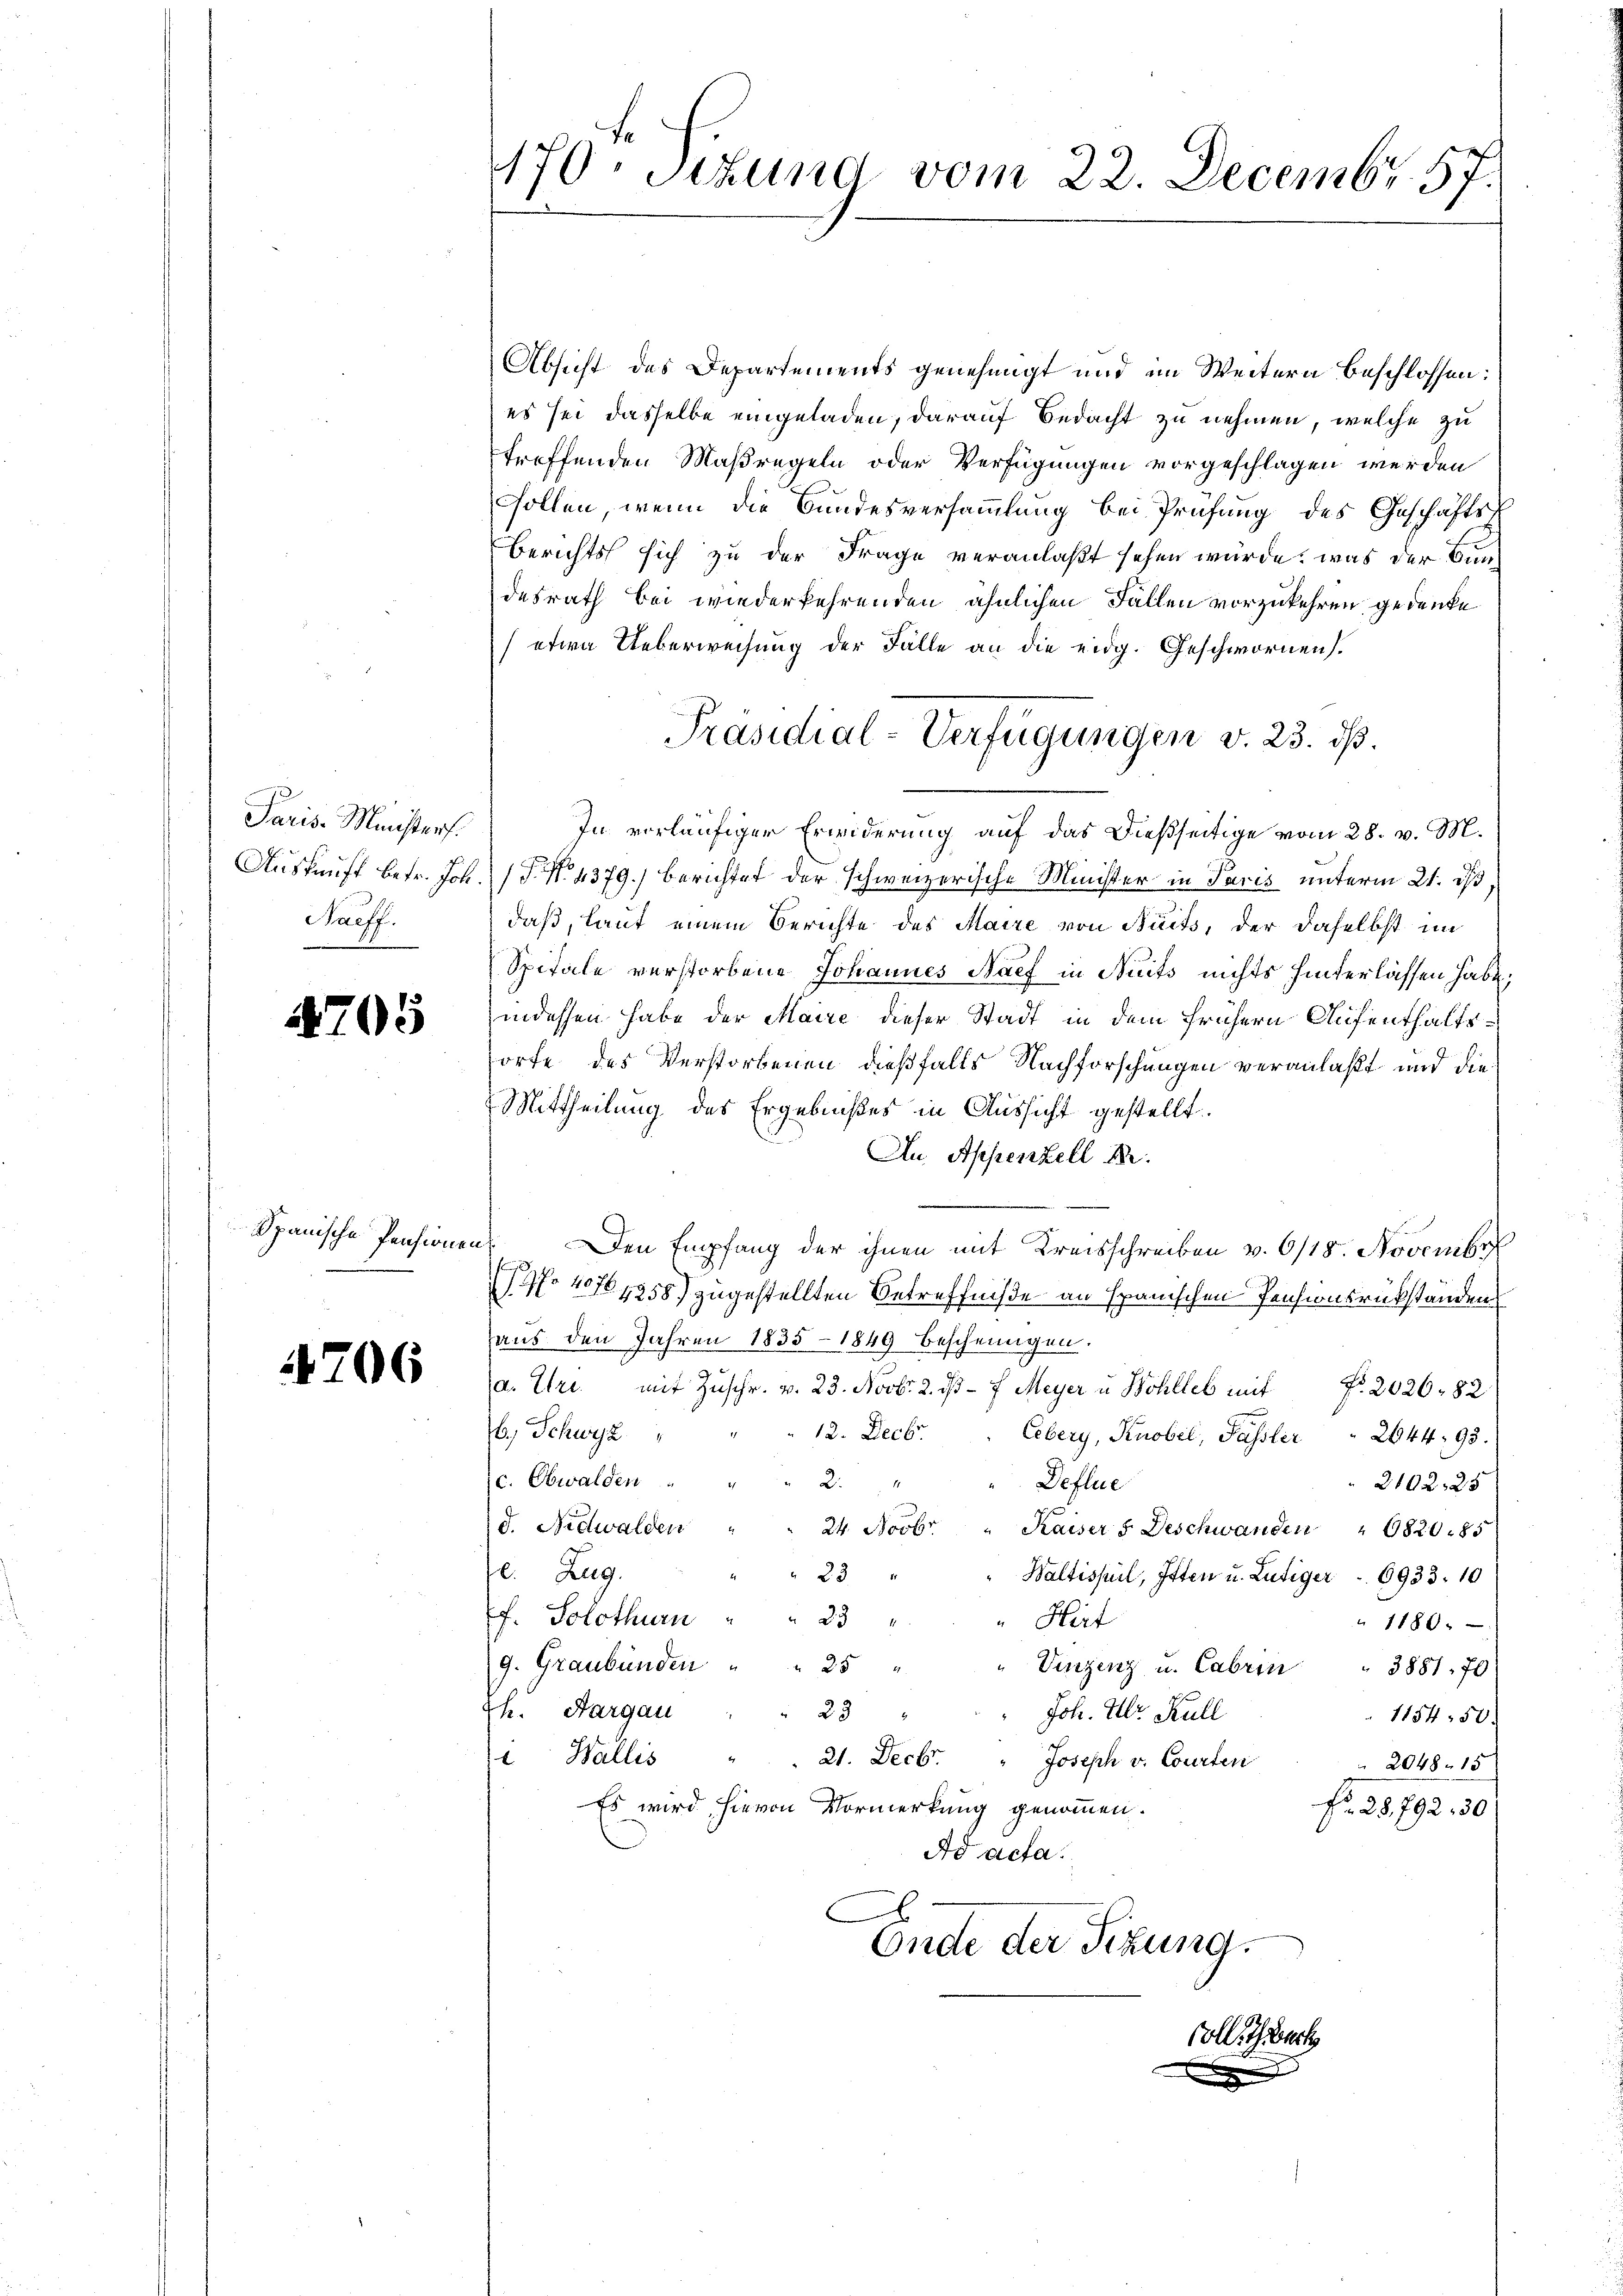
Paris-Ministers.
Staeff.

4705

Spanische Pensionen

4706

Absicht des Departements genehmigt und im Weitern beschlossen:
es sei dasselbe eingeladen, darauf Bedacht zu nehmen, welche zu
treffenden Maßregeln oder Verfügungen vorgeschlagen werden
sollen, wenn die Bundesversammlung bei Prüfung des Geschäfts¬
Berichts sich zu der Frage veranlaßt sehen würde, was der Bundesrath bei wiederkehrenden ähnlichen Fällen vorzukehren, gedenke
(etwa Ueberweisung der Fälle an die eidg. Geschwornen.
In vorläufiger Erwiderung auf das dießseitige vom 28. v. M.
Auskunft betr. Joh. (T. No. 4379) berichtet der schweizerische Minister in Paris unterm 21. ds,
daß, laut einem Berichte des Maire von Ruits, der daselbst im
Spitale verstorbene Johannes Naef in Nuits nichts hinterlassen habe;
indessen habe der Maire dieser Stadt in dem frühern Aufenthaltsorfe des Verstorbenen dießfalls Nachforschungen veranlaßt und die
Mittheilung des Ergebnißes in Aussicht gestellt.
An Appenzell A.
Den Empfang der ihnen mit Kreisschreiben v. 6/18. Novembe
(147. 4764858) zugestellten Betreffniße an Spanischen Pensionsrükständens
aus den Jahren 1835 - 1849 bescheingen.
a. Ure mit Zuschr. v. 23. Novbr. 2. ist - f Meyer u Bohlleb mit No. 2026 - 82
12. Decbr.
b. Schwyz
Exbery, Knobel, Passler 2644. 93.
(c. Obwalden " " " 2.
Deflue
2102. 25
d. Nidwalden " " 24. Novbr. " Kaiser 5. Deschwanden " 6820. 85
2. Zug.
23
Waltisseil, Itten u. Lutiger    6933. 10
f. Solothurn " " 23 "
"Hirt
1180.
9. Graubünden
25 " " Vinzenz u. Cabrin " 3881. 70
th. Aargau
" Joh. Ulr. Kull
23
1154. 50.
i Wallis
21. Decbr. " Joseph v. Courten
2048. 15
Es wird hievon Vormerkung genommen.
Fr. 25,792, 30
Ad acta.
E
Ende der Sitzung.
Colle Gewerk

170. Sekund vom 22. Decembr. 57.

Präsidial-Verfügungen v. 23. ds.